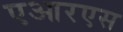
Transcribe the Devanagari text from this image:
एआरएस